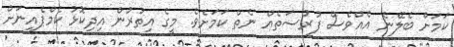
ކަމަށް ބެލޭނެ އެއްވެސް ފުރުސަތެއް ނެތް ކަމަށެވެ. މީގެ އިތުރުން އިދިކޮޅު ކެމްޕެއިނަށް